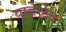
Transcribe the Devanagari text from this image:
यावेळेत